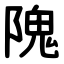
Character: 隗